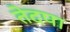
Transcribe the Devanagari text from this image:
तेदपा